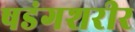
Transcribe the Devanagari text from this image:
षडंगशरीर